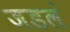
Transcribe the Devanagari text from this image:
जडलं